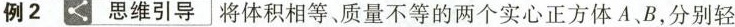
例2思维引导将体积相等、质量不等的两个实心正方体A、B，分别轻